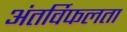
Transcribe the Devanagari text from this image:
अंतर्विफलता